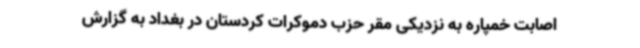
اصابت خمپاره به نزدیکی مقر حزب دموکرات کردستان در بغداد به گزارش